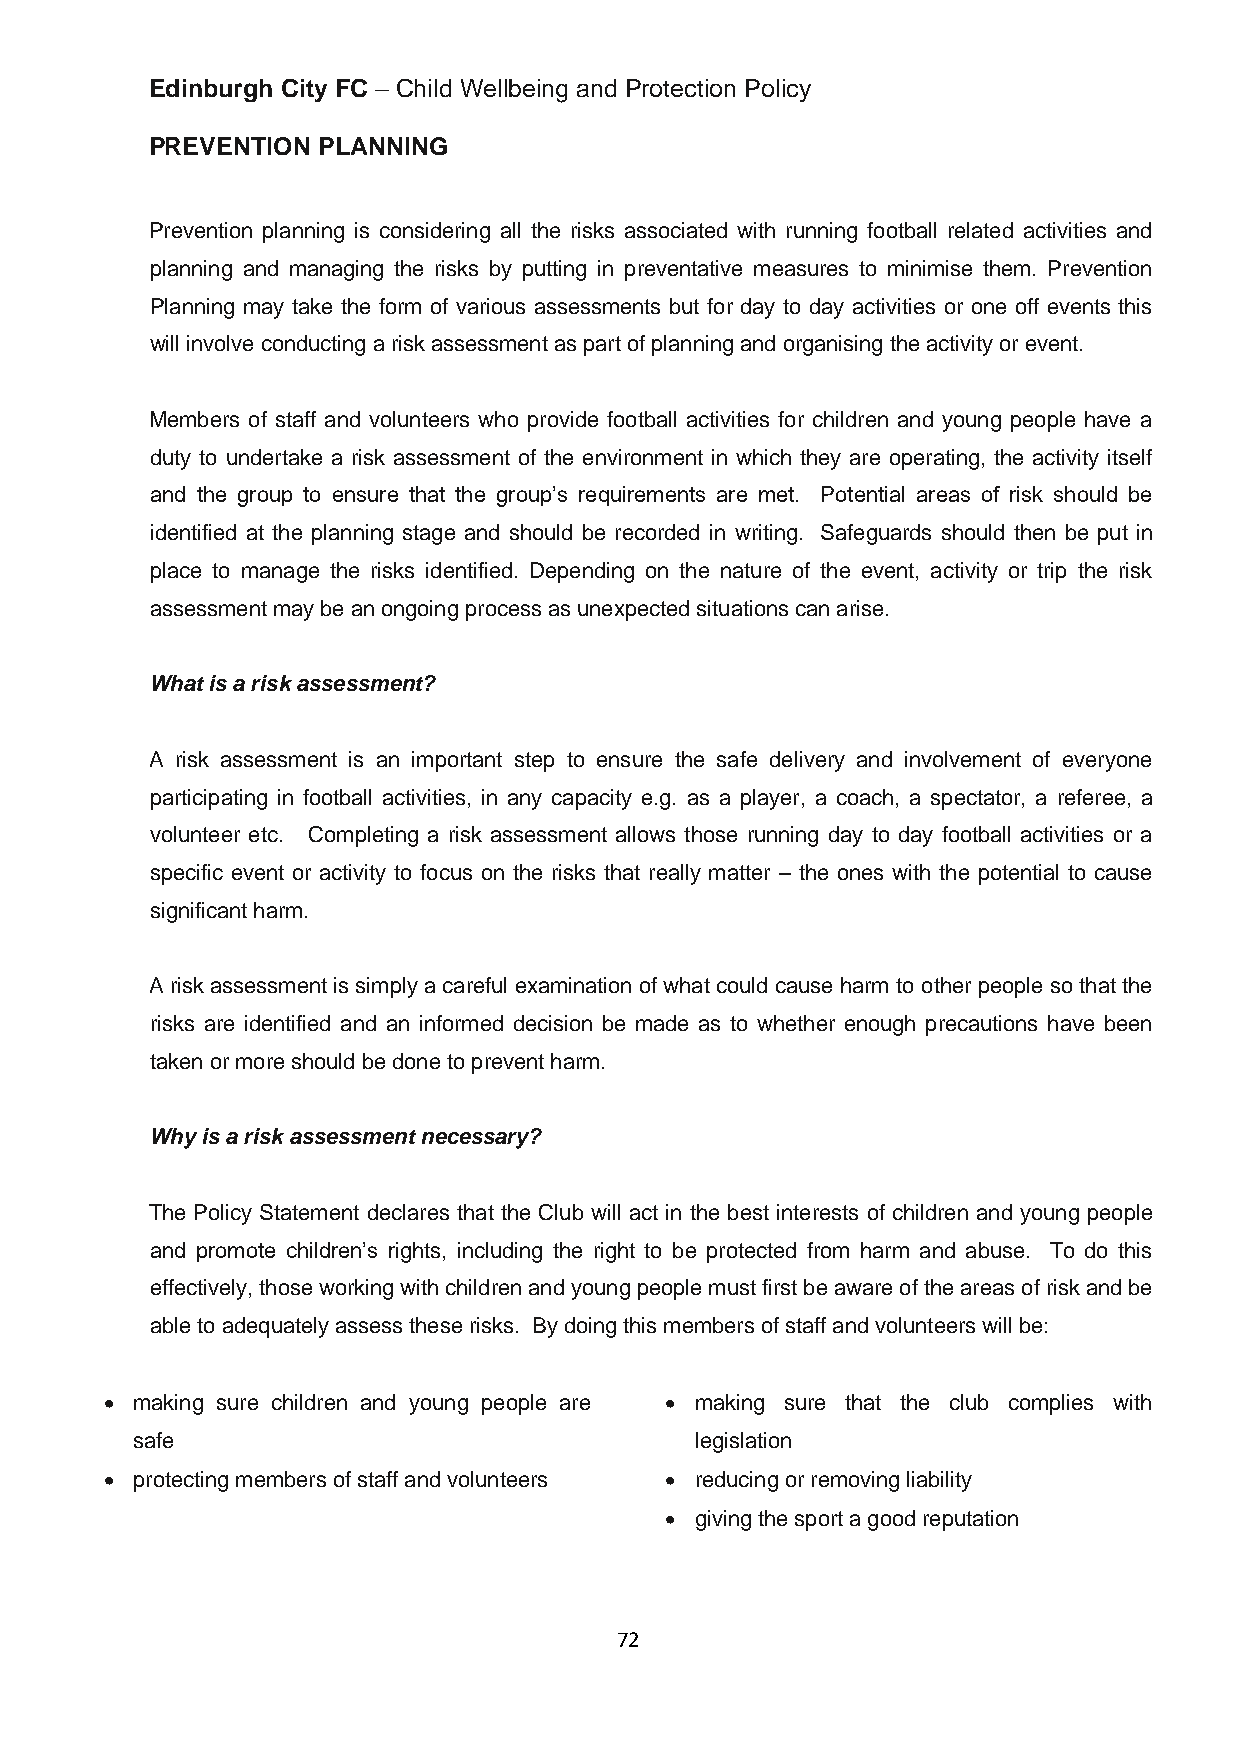
Edinburgh City FC – Child Wellbeing and Protection Policy
 PREVENTION PLANNING
 Prevention planning is considering all the risks associated with running football related activities and
 planning and managing the risks by putting in preventative measures to minimise them. Prevention
 Planning may take the form of various assessments but for day to day activities or one off events this
 will involve conducting a risk assessment as part of planning and organising the activity or event.
 Members of staff and volunteers who provide football activities for children and young people have a
 duty to undertake a risk assessment of the environment in which they are operating, the activity itself
 and the group to ensure that the group’s requirements are met. Potential areas of risk should be
 identified at the planning stage and should be recorded in writing. Safeguards should then be put in
 place to manage the risks identified. Depending on the nature of the event, activity or trip the risk
 assessment may be an ongoing process as unexpected situations can arise.
 What is a risk assessment?
 A risk assessment is an important step to ensure the safe delivery and involvement of everyone
 participating in football activities, in any capacity e.g. as a player, a coach, a spectator, a referee, a
 volunteer etc. Completing a risk assessment allows those running day to day football activities or a
 specific event or activity to focus on the risks that really matter – the ones with the potential to cause
 significant harm.
 A risk assessment is simply a careful examination of what could cause harm to other people so that the
 risks are identified and an informed decision be made as to whether enough precautions have been
 taken or more should be done to prevent harm.
 Why is a risk assessment necessary?
 The Policy Statement declares that the Club will act in the best interests of children and young people
 and promote children’s rights, including the right to be protected from harm and abuse. To do this
 effectively, those working with children and young people must first be aware of the areas of risk and be
 able to adequately assess these risks. By doing this members of staff and volunteers will be:
 • making sure children and young people are • making sure that the club complies with
 safe                                 legislation
 • protecting members of staff and volunteers • reducing or removing liability
 • giving the sport a good reputation
 72